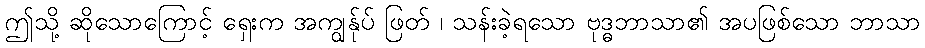
ဤသို့ ဆိုသောကြောင့် ရှေးက အကျွန်ုပ် ဖြတ် ၊ သန်းခဲ့ရသော ဗုဒ္ဓဘာသာ၏ အပဖြစ်သော ဘာသာ